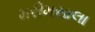
મરીમસાલા